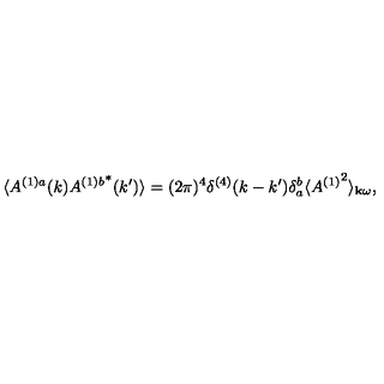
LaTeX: \langle A ^ { ( 1 ) a } ( k ) { A ^ { ( 1 ) b } } ^ { * } ( k ^ { \prime } ) \rangle = ( 2 \pi ) ^ { 4 } \delta ^ { ( 4 ) } ( k - k ^ { \prime } ) \delta _ { a } ^ { b } \langle { A ^ { ( 1 ) } } ^ { 2 } \rangle _ { { \bf k } \omega } ,